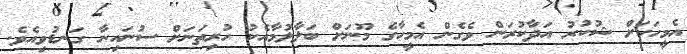
އެމީހަކަށް ޝުކުރު އަދާކުރަން ވެގެން އެމީހާގެ މޫނަށް ބަލާލުމާއެކު ހުރިތަނަށް ސުނައިނާ ގަނޑުވިއެވެ.